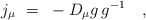
\begin{align*}j_\mu~=~\mbox{} - D_\mu g \, g^{-1}~~~, \end{align*}